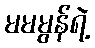
မမမွန်ရဲ့